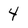
Character: 4